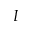
I